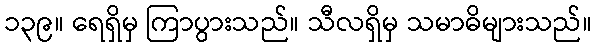
၁၃၉။ ရေရှိမှ ကြာပွားသည်။ သီလရှိမှ သမာဓိများသည်။